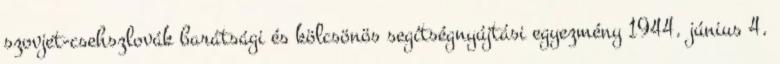
szovjet-csehszlovák barátsági és kölcsönös segítségnyújtási egyezmény 1944. június 4.